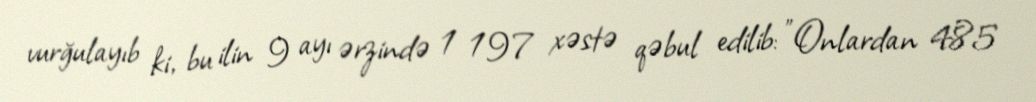
vurğulayıb ki, bu ilin 9 ayı ərzində 1 197 xəstə qəbul edilib: "Onlardan 485